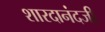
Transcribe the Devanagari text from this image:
शारदानंदजी